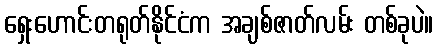
ရှေးဟောင်းတရုတ်နိုင်ငံက အချစ်ဇာတ်လမ်း တစ်ခုပဲ။